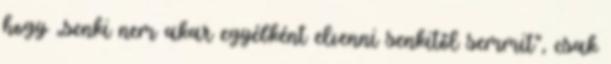
hogy „senki nem akar egyébként elvenni senkitől semmit”, csak